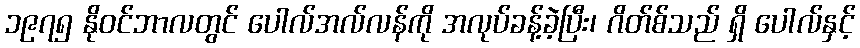
၁၉၇၅ နိုဝင်ဘာလတွင် ပေါလ်အလ်လန်ကို အလုပ်ခန့်ခဲ့ပြီး၊ ဂိတ်စ်သည် ရှိ ပေါလ်နှင့်